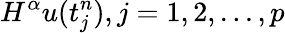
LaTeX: H^{\alpha}u(t_{j}^{n}),j=1,2,...,p